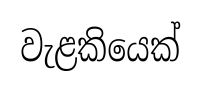
වැළකියෙක්